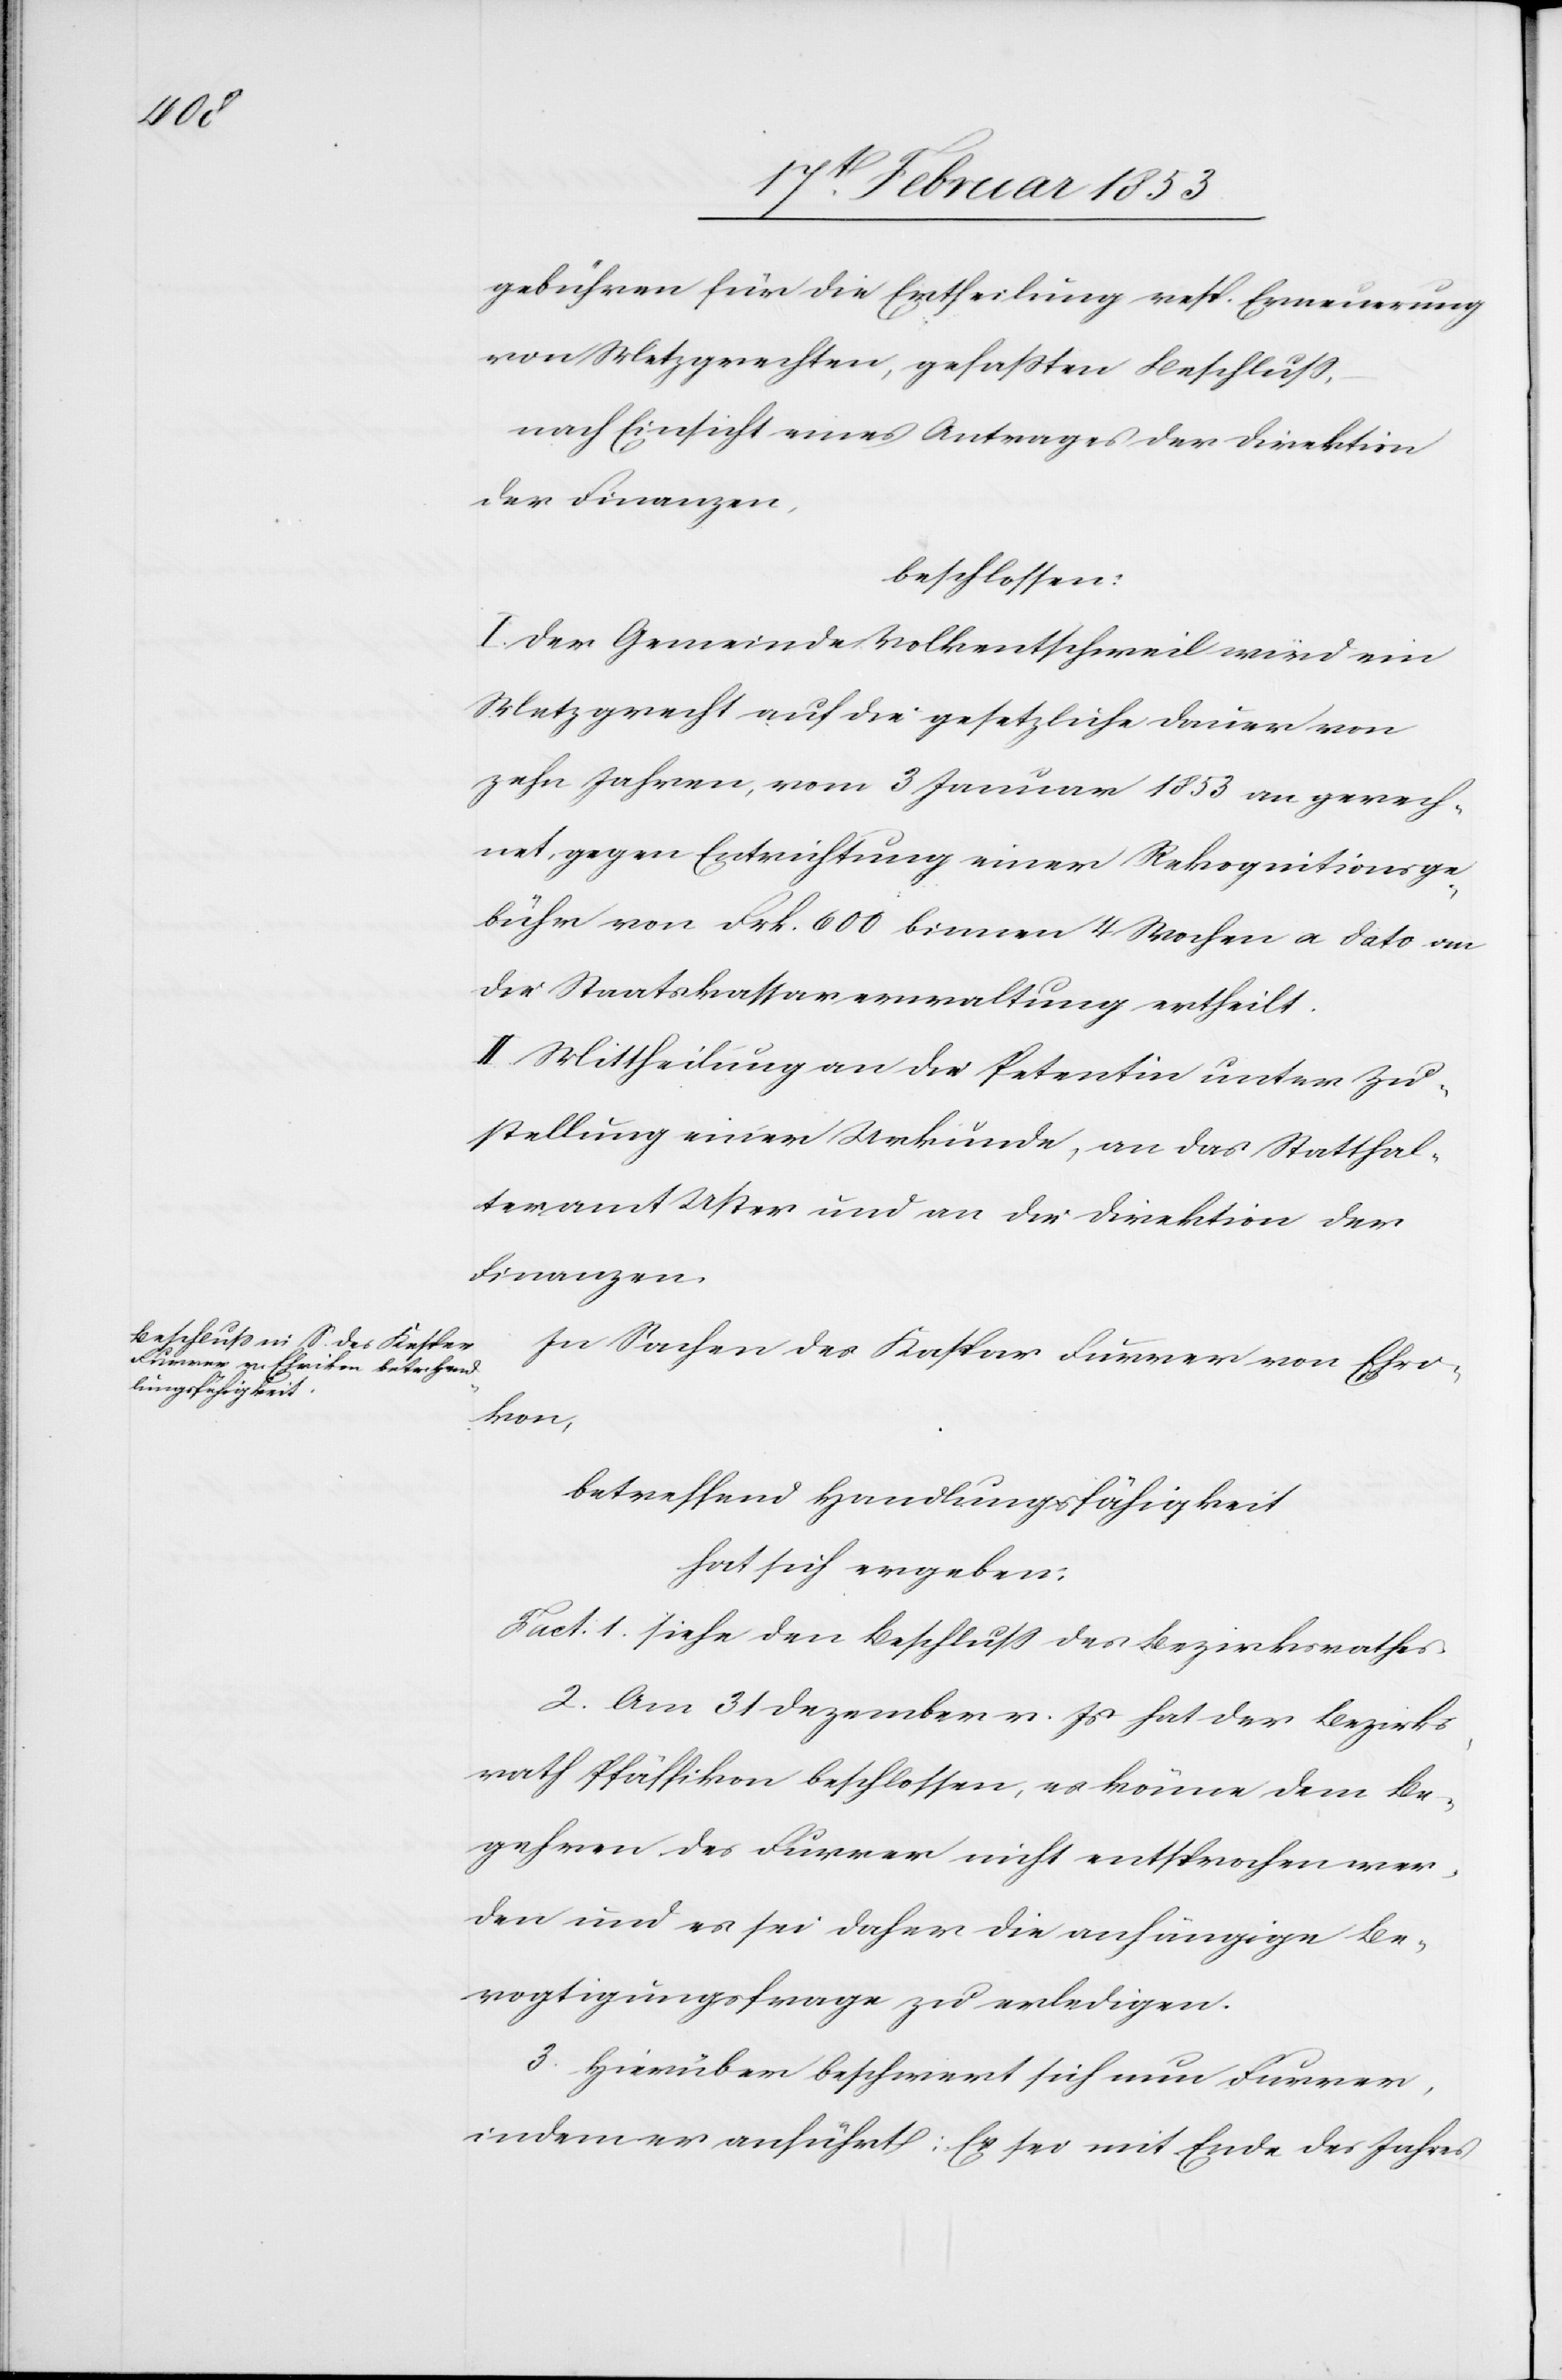
gebühren für die Ertheilung resp. Erneuerung
von Metzgrechten, gefaßten Beschluß,
nach Einsicht eine Antrages der Direktion
der Finanzen
beschlossen:
I. Der Gemeinde Volkentschweil wird ein
Metzgrecht auf die gesetzliche Dauer von
zehn Jahren, vom 3 Januar 1853 an gerech¬
net, gegen Entrichtung einer Rekognitionsge¬
bühr von Frk. 600 binnen 4 Wochen a dato an
die Staatskassaverwaltung ertheilt.
II. Mittheilung an die Petentin unter Zu¬
stellung einer Urkunde, an das Statthal¬
teramt Uster und an die Direktion der
Finanzen.
In Sachen des Kaspar Furrer von Ehri¬
kon,
betreffend Handlungsfähigkeit
hat sich ergeben:
Fact: 1. siehe den Beschluß des Bezirksrathes
2. Am 31 Dezember v. Js. hat der Bezirks¬
rath Pfäffikon beschlossen, es könne dem Be¬
gehren des Furrer nicht entsprochen wer¬
den und es sei daher die anhängige Be¬
vogtigungsfrage zu erledigen.
3. Hierüber beschwert sich nun Furrer,
indem er anführt: Er sei mit Ende des Jahres